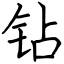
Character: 钻